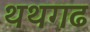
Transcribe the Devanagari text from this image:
थथगढ